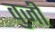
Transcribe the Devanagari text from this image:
वुजी